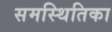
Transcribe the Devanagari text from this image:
समस्थितिका